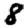
Digit: 8